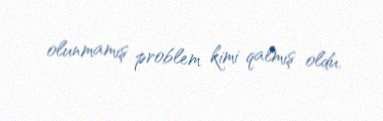
olunmamış problem kimi qalmış oldu.